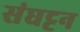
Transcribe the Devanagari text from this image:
संघट्टन